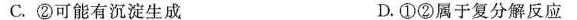
C.②可能有沉淀生成 D.① ②属于复分解反应